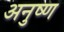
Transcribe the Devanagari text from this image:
अनुष्ण